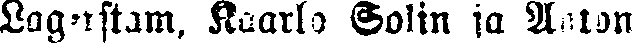
Lagerstam, Kaarlo Solin ja Anton